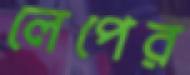
লেপের